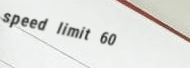
speed limit 60